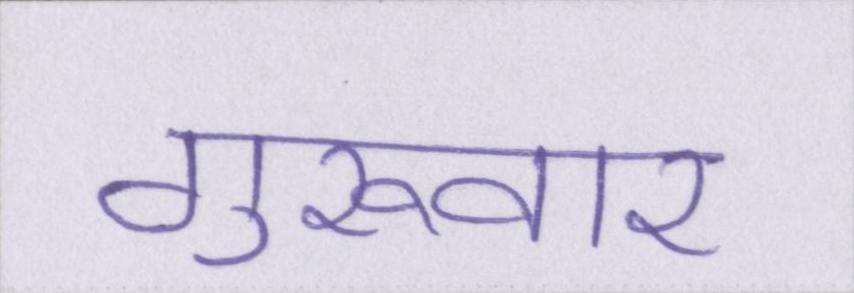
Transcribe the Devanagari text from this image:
गुरूवार